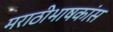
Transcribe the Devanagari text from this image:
मराठीभाषकांस